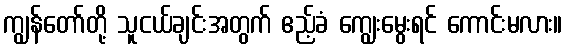
ကျွန်တော်တို့ သူငယ်ချင်းအတွက် ဧည့်ခံ ကျွေးမွေးရင် ကောင်းမလား။